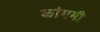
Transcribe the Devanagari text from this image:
कांगमी